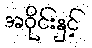
အဝိုင်းနှင့်